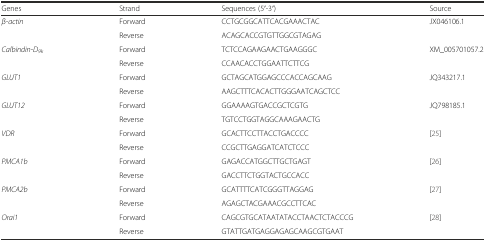
| Genes | Strand | Sequences (5′-3′) | Source |
 | --- | --- | --- | --- |
 | <ROWSPAN=2> β-actin | Forward | CCTGCGGCATTCACGAAACTAC | <ROWSPAN=2> JX046106.1 |
 | Reverse | ACAGCACCGTGTTGGCGTAGAG |
 | <ROWSPAN=2> Calbindin-D9k | Forward | TCTCCAGAAGAACTGAAGGGC | <ROWSPAN=2> XM_005701057.2 |
 | Reverse | CCAACACCTGGAATTCTTCG |
 | <ROWSPAN=2> GLUT1 | Forward | GCTAGCATGGAGCCCACCAGCAAG | JQ343217.1 |
 | Reverse | AAGCTTTCACACTTGGGAATCAGCTCC |  |
 | <ROWSPAN=2> GLUT12 | Forward | GGAAAAGTGACCGCTCGTG | <ROWSPAN=2> JQ798185.1 |
 | Reverse | TGTCCTGGTAGGCAAAGAACTG |
 | <ROWSPAN=2> VDR | Forward | GCACTTCCTTACCTGACCCC | <ROWSPAN=2> [25] |
 | Reverse | CCGCTTGAGGATCATCTCCC |
 | <ROWSPAN=2> PMCA1b | Forward | GAGACCATGGCTTGCTGAGT | <ROWSPAN=2> [26] |
 | Reverse | GACCTTCTGGTACTGCCACC |
 | <ROWSPAN=2> PMCA2b | Forward | GCATTTTCATCGGGTTAGGAG | <ROWSPAN=2> [27] |
 | Reverse | AGAGCTACGAAACGCCTTCAC |
 | <ROWSPAN=2> Orai1 | Forward | CAGCGTGCATAATATACCTAACTCTACCCG | <ROWSPAN=2> [28] |
 | Reverse | GTATTGATGAGGAGAGCAAGCGTGAAT |